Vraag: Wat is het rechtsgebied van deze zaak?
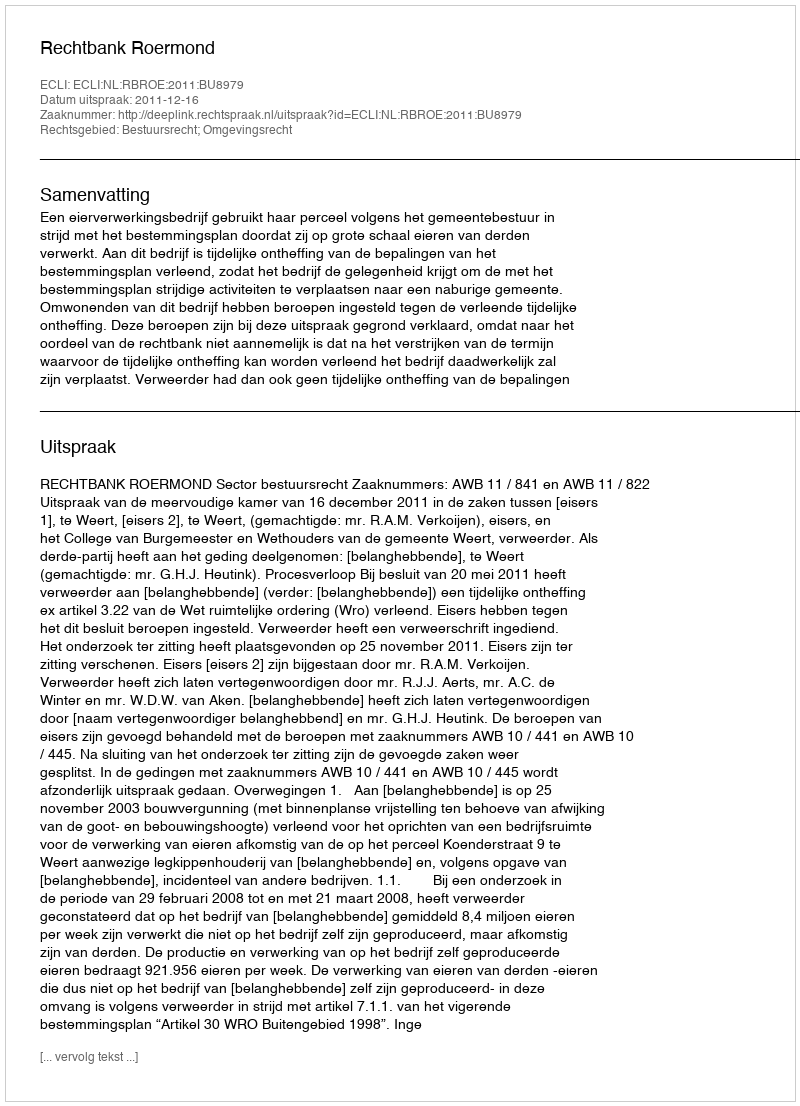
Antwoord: Bestuursrecht; Omgevingsrecht